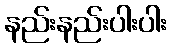
နည်းနည်းပါးပါး